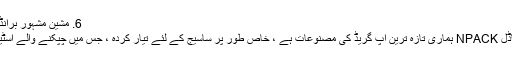
6. مشین مشہور برانڈ موٹر ڈرائیو ، فیڈنگ لیبل اپناتی ہے…
مصنوعات کی تفصیل اطلاق کا دائرہ ماڈل NPACK ہماری تازہ ترین اپ گریڈ کی مصنوعات ہے ، خاص طور پر ساسیج کے لئے تیار کردہ ، جس میں چپکنے والے اسٹیکر کے ساتھ ساسیج پر لیبل لگا ہوا ہے۔